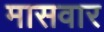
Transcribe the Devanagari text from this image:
मासवार